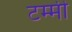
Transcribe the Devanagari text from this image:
टम्मी